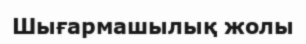
Шығармашылық жолы